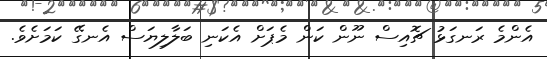
އެންމެ ރަނގަޅު ޗޮއިސް ނޫން ކަން މެޕަށް އެކަނި ބަލާލިޔަސް އެނގޭ ކަމަށެވެ.